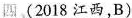
四(2018 江西,B)